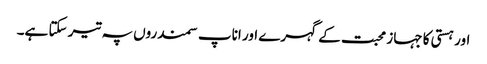
اور ہستی کا جہاز محبت کے گہرے اور اناپ سمندروں پہ تیر سکتا ہے۔